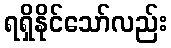
ရရှိနိုင်သော်လည်း